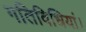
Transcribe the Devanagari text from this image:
गतिविधियां।